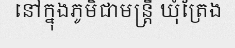
នៅក្នុងភូមិជាមន្ត្រី ឃុំត្រែង